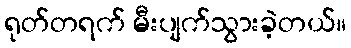
ရုတ်တရက် မီးပျက်သွားခဲ့တယ်။